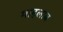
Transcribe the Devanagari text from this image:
माहलाब